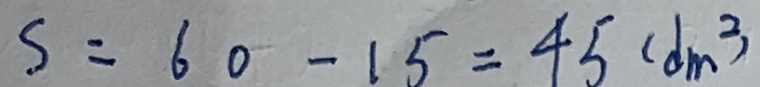
S = 6 0 - 1 5 = 4 5 ( d m ^ { 2 } )